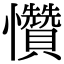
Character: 㦫